Indian journal of veterinary science and animal husbandry - Volume 4,
Year: 1934
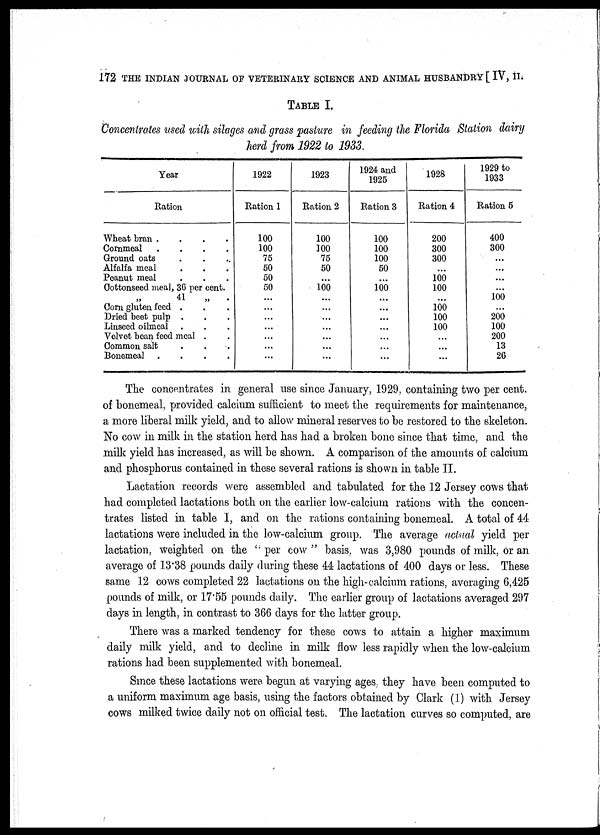
172 THE INDIAN JOURNAL OF VETERINARY SCIENCE AND ANIMAL HUSBANDRY [ IV, II.
TABLE I.
Concentrates used with silages and grass pasture in feeding the Florida Station dairy
herd from 1922 to 1933.
Year
Ration
Wheat bran
.
.
.
.
Cornmeal . . . .
Ground oats . . .
Alfalfa meal . . .
Peanut meal . . .
Cottonseed meal, 36 per cent.
„ 41
„
.
Corn gluten feed . . .
Dried beet pulp . . .
Linseed oilmeal . . .
Velvet bean feed meal . .
Common salt . . .
Bonemeal
.
.
.
.
1922
Ration 1
100
100
75
50
50
50
...
...
...
...
...
...
...
1923
Ration 2
100
100
75
50
...
100
...
...
...
...
...
...
...
1924 and
1925
Ration 3
100
100
100
50
...
100
...
...
...
...
...
...
...
1928
Ration 4
200
300
300
...
100
100
...
100
100
100
...
...
...
1929 to
1933
Ration 5
400
300
...
...
...
...
100
...
200
100
200
13
26
The concentrates in general use since January, 1929, containing two per cent.
of bonemeal, provided calcium sufficient to meet the requirements for maintenance,
a more liberal milk yield, and to allow mineral reserves to be restored to the skeleton.
No cow in milk in the station herd has had a broken bone since that time, and the
milk yield has increased, as will be shown. A comparison of the amounts of calcium
and phosphorus contained in these several rations is shown in table II.
Lactation records were assembled and tabulated for the 12 Jersey cows that
had completed lactations both on the earlier low-calcium rations with the concen-
trates listed in table I, and on the rations containing bonemeal. A total of 44
lactations were included in the low-calcium group. The average actual yield per
lactation, weighted on the " per cow " basis, was 3,980 pounds of milk, or an
average of 13.38 pounds daily during these 44 lactations of 400 days or less. These
same 12 cows completed 22 lactations on the high-calcium rations, averaging 6,425
pounds of milk, or 17.55 pounds daily. The earlier group of lactations averaged 297
days in length, in contrast to 366 days for the latter group.
There was a marked tendency for these cows to attain a higher maximum
daily milk yield, and to decline in milk flow less rapidly when the low-calcium
rations had been supplemented with bonemeal.
Since these lactations were begun at varying ages, they have been computed to
a uniform maximum age basis, using the factors obtained by Clark (1) with Jersey
cows milked twice daily not on official test. The lactation curves so computed, are